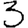
Digit: 3